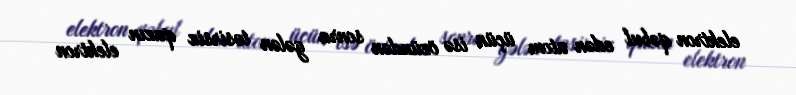
elektron qəbul edən atom üçün isə özündən sonra gələn təsirsiz qazın elektron